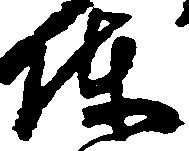
陣